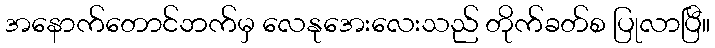
အနောက်တောင်ဘက်မှ လေနုအေးလေးသည် တိုက်ခတ်စ ပြုလာပြီ။